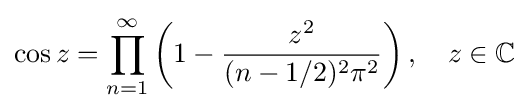
\cos z=\prod _{n=1}^{\infty }\left(1-{\frac {z^{2}}{(n-1/2)^{2}\pi ^{2}}}\right),\quad z\in \mathbb {C}